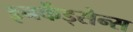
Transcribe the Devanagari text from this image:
इनकेंड्सेन्स